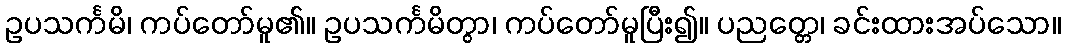
ဥပသင်္ကမိ၊ ကပ်တော်မူ၏။ ဥပသင်္ကမိတွာ၊ ကပ်တော်မူပြီး၍။ ပညတ္တေ၊ ခင်းထားအပ်သော။